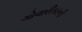
ગોવારીકરની